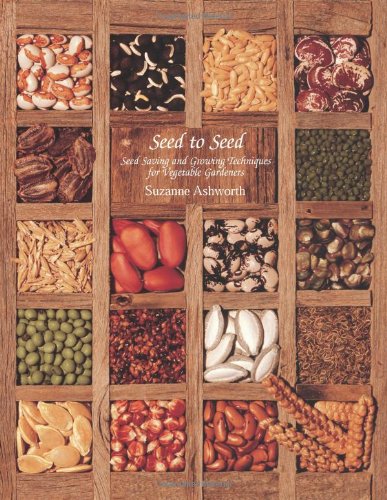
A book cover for Seed to Seed: Seed Saving and Growing Techniques for Vegetable Gardeners, 2nd Edition; Suzanne Ashworth; Crafts, Hobbies & Home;